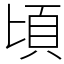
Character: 頃